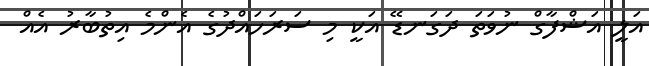
އަލީ އަޝްފާގް ނުވަތަ ދަގަނޑޭ އަކީ މި ސަރަހައްދުގެ އެންމެ އިތުބާރު އެއް